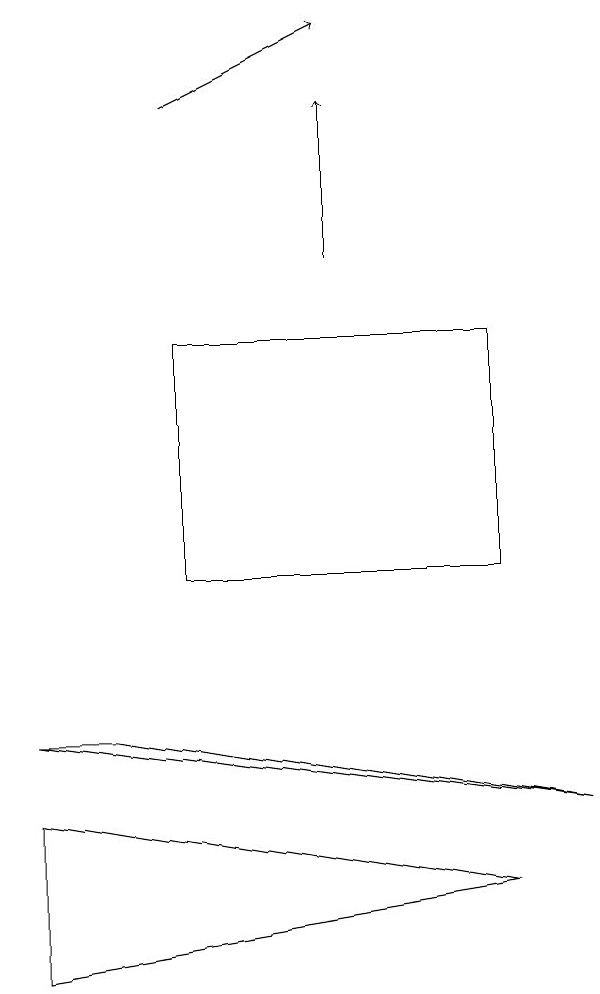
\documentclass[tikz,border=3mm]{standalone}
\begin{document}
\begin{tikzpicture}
\draw[->] (6,14) -- (6,16);
\draw (8,6) -- (2,5) -- (2,7) -- cycle;
\draw[->] (4,16) -- (6,17);
\draw (4,10) rectangle (8,13);
\draw (3,8) -- (9,7) -- (2,8) -- cycle;
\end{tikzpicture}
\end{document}